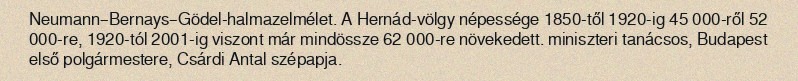
Neumann–Bernays–Gödel-halmazelmélet. A Hernád-völgy népessége 1850-től 1920-ig 45 000-ről 52 000-re, 1920-tól 2001-ig viszont már mindössze 62 000-re növekedett. miniszteri tanácsos, Budapest első polgármestere, Csárdi Antal szépapja.